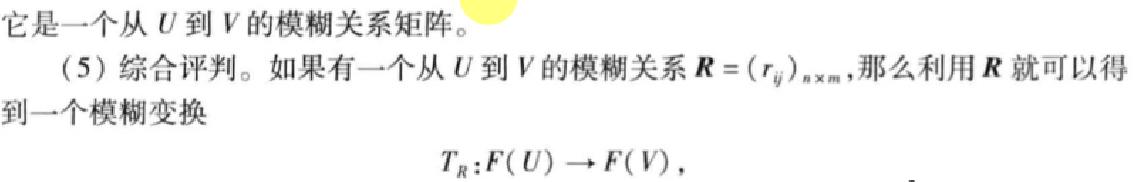
它是一个从 \(U\) 到 \(V\) 的模糊关系矩阵。
(5) 综合评判。如果有一个从 \(U\) 到 \(V\) 的模糊关系 \(\boldsymbol{R}=(r_{ij})_{n\times m}\)，那么利用 \(\boldsymbol{R}\) 就可以得到一个模糊变换
\[T_{R}:F(U)\to F(V),\]